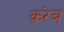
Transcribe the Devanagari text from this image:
क़रेब